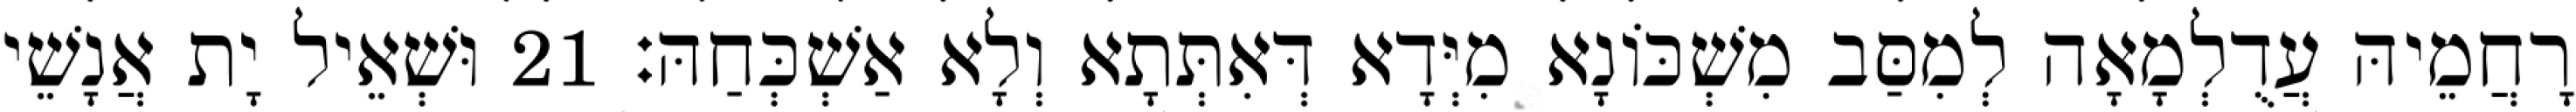
רָחֲמֵיהּ עֲדֻלְמָאָה לְמִסַּב מִשְׁכּוֹנָא מִיְּדָא דְּאִתְּתָא וְלָא אַשְׁכְּחַהּ׃ 21 וּשְׁאֵיל יָת אֲנָשֵׁי